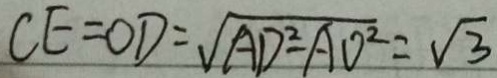
C E = O D = \sqrt { A D ^ { 2 } - A O ^ { 2 } } = \sqrt { 3 }